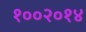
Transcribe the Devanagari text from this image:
१००२०१४